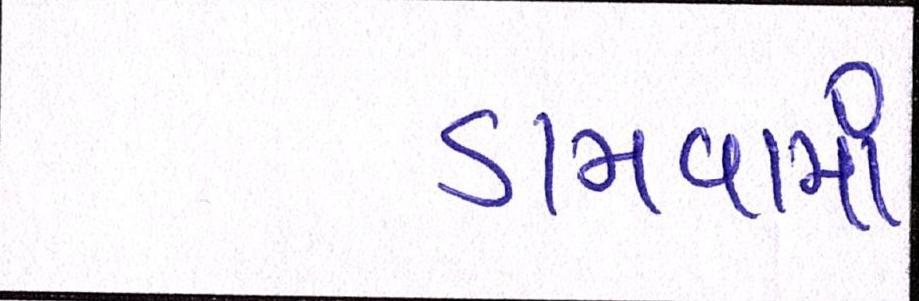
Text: ડામવામાં